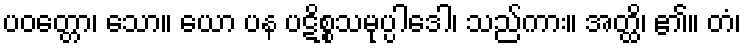
ပဝတ္တော၊ သော။ ယော ပန ပဋိစ္စသမုပ္ပါဒေါ၊ သည်ကား။ အတ္ထိ၊ ၏။ တံ၊